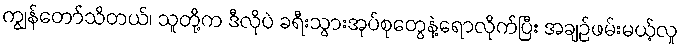
ကျွန်တော်သိတယ်၊ သူတို့က ဒီလိုပဲ ခရီးသွားအုပ်စုတွေနဲ့ရောလိုက်ပြီး အချဉ်ဖမ်းမယ့်လူ